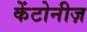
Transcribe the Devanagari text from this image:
केंटोनीज़